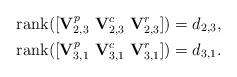
LaTeX: \begin{align*}&\textrm{rank}([{\bf V}_{2,3}^p~{\bf V}_{2,3}^c~{\bf V}_{2,3}^r])=d_{2,3},\\&\textrm{rank}([{\bf V}_{3,1}^p~{\bf V}_{3,1}^c~{\bf V}_{3,1}^r])=d_{3,1}.\end{align*}